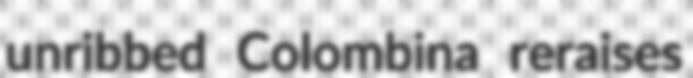
unribbed Colombina reraises